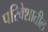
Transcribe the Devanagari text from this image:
परिवेशातील